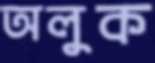
অলুক